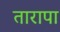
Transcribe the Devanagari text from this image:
तारापा